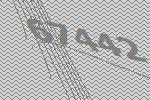
67442